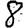
Digit: 8